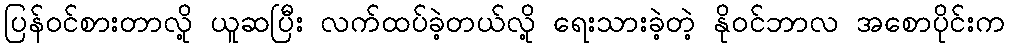
ပြန်ဝင်စားတာလို့ ယူဆပြီး လက်ထပ်ခဲ့တယ်လို့ ရေးသားခဲ့တဲ့ နိုဝင်ဘာလ အစောပိုင်းက